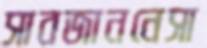
সাবজাননেসা